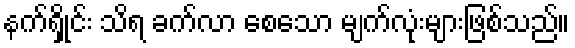
နက်ရှိုင်း သိရ ခက်လာ စေသော မျက်လုံးများဖြစ်သည်။